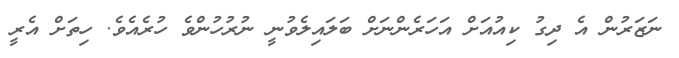
ނަޒަރުން އެ ދިގު ކިއުއަށް އަހަރެންނަށް ބަލައިލެވުނީ ނުރުހުންވެ ހުރެއެވެ. ހިތަށް އެރީ